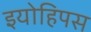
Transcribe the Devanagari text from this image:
इयोहिपस